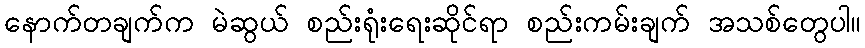
နောက်တချက်က မဲဆွယ် စည်းရုံးရေးဆိုင်ရာ စည်းကမ်းချက် အသစ်တွေပါ။